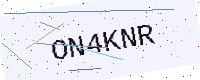
Text: ON4KNR